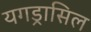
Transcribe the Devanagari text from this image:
यगड्रासिल